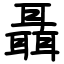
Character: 聶